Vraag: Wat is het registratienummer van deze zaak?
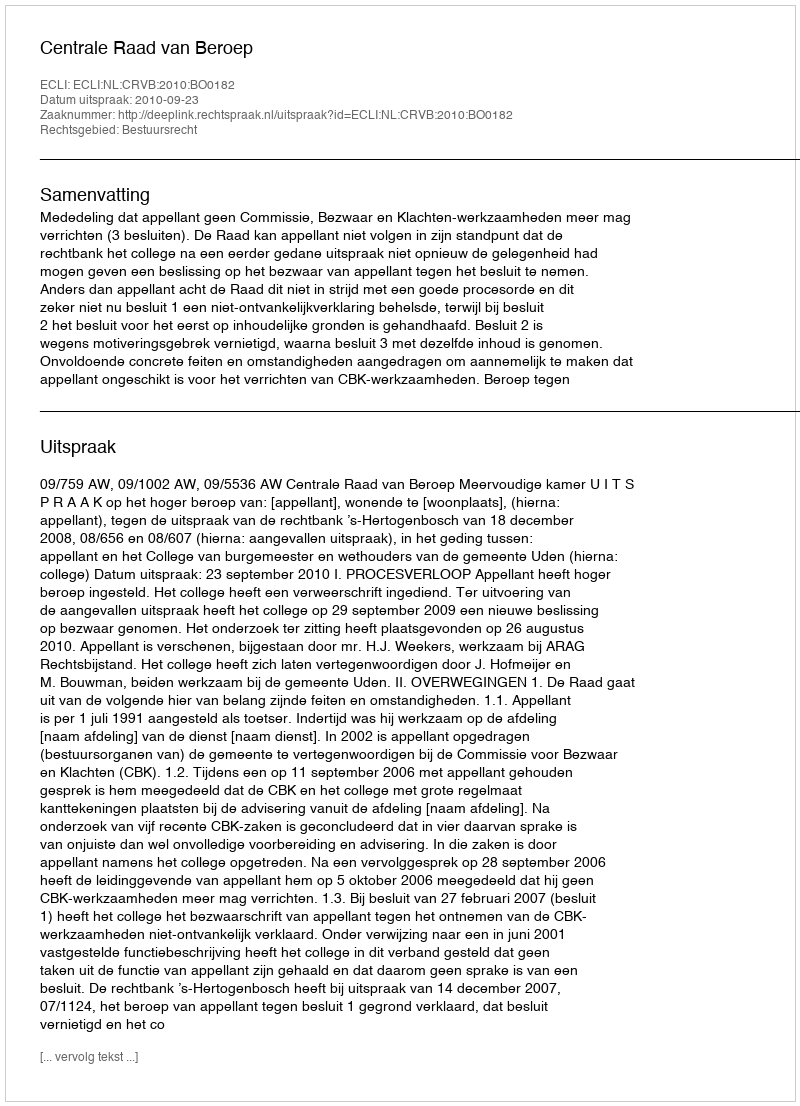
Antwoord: http://deeplink.rechtspraak.nl/uitspraak?id=ECLI:NL:CRVB:2010:BO0182